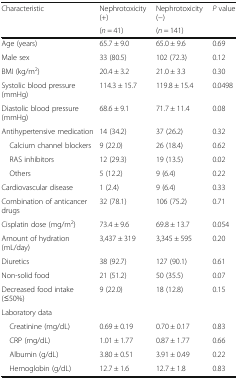
| <ROWSPAN=2> Characteristic | Nephrotoxicity (+) | Nephrotoxicity (−) | <ROWSPAN=2> P value |
 | (n = 41) | (n = 141) |
 | --- | --- | --- | --- |
 | Age (years) | 65.7 ± 9.0 | 65.0 ± 9.6 | 0.69 |
 | Male sex | 33 (80.5) | 102 (72.3) | 0.12 |
 | BMI (kg/m2) | 20.4 ± 3.2 | 21.0 ± 3.3 | 0.30 |
 | Systolic blood pressure (mmHg) | 114.3 ± 15.7 | 119.8 ± 15.4 | 0.0498 |
 | Diastolic blood pressure (mmHg) | 68.6 ± 9.1 | 71.7 ± 11.4 | 0.08 |
 | Antihypertensive medication | 14 (34.2) | 37 (26.2) | 0.32 |
 | Calcium channel blockers | 9 (22.0) | 26 (18.4) | 0.62 |
 | RAS inhibitors | 12 (29.3) | 19 (13.5) | 0.02 |
 | Others | 5 (12.2) | 9 (6.4) | 0.22 |
 | Cardiovascular disease | 1 (2.4) | 9 (6.4) | 0.33 |
 | Combination of anticancer drugs | 32 (78.1) | 106 (75.2) | 0.71 |
 | Cisplatin dose (mg/m2) | 73.4 ± 9.6 | 69.8 ± 13.7 | 0.054 |
 | Amount of hydration (mL/day) | 3,437 ± 319 | 3,345 ± 595 | 0.20 |
 | Diuretics | 38 (92.7) | 127 (90.1) | 0.61 |
 | Non-solid food | 21 (51.2) | 50 (35.5) | 0.07 |
 | Decreased food intake (≤50%) | 9 (22.0) | 18 (12.8) | 0.15 |
 | <COLSPAN=4> Laboratory data |
 | Creatinine (mg/dL) | 0.69 ± 0.19 | 0.70 ± 0.17 | 0.83 |
 | CRP (mg/dL) | 1.01 ± 1.77 | 0.87 ± 1.77 | 0.66 |
 | Albumin (g/dL) | 3.80 ± 0.51 | 3.91 ± 0.49 | 0.22 |
 | Hemoglobin (g/dL) | 12.7 ± 1.6 | 12.7 ± 1.8 | 0.83 |